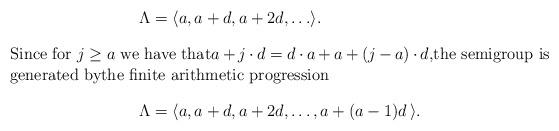
LaTeX: \begin{align*}\Lambda& = \langle a, a+d, a+2d, \ldots \rangle . \\\intertext{Since for $j \geq a$ we have that$a + j \cdot d = d \cdot a + a + (j-a) \cdot d$,the semigroup is generated bythe finite arithmetic progression} \Lambda& = \langle a, a+d, a+2d, \ldots, a+(a-1)d\, \rangle .\end{align*}